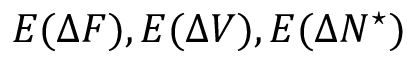
E ( \Delta F ) , E ( \Delta V ) , E ( \Delta N ^ { \star } )